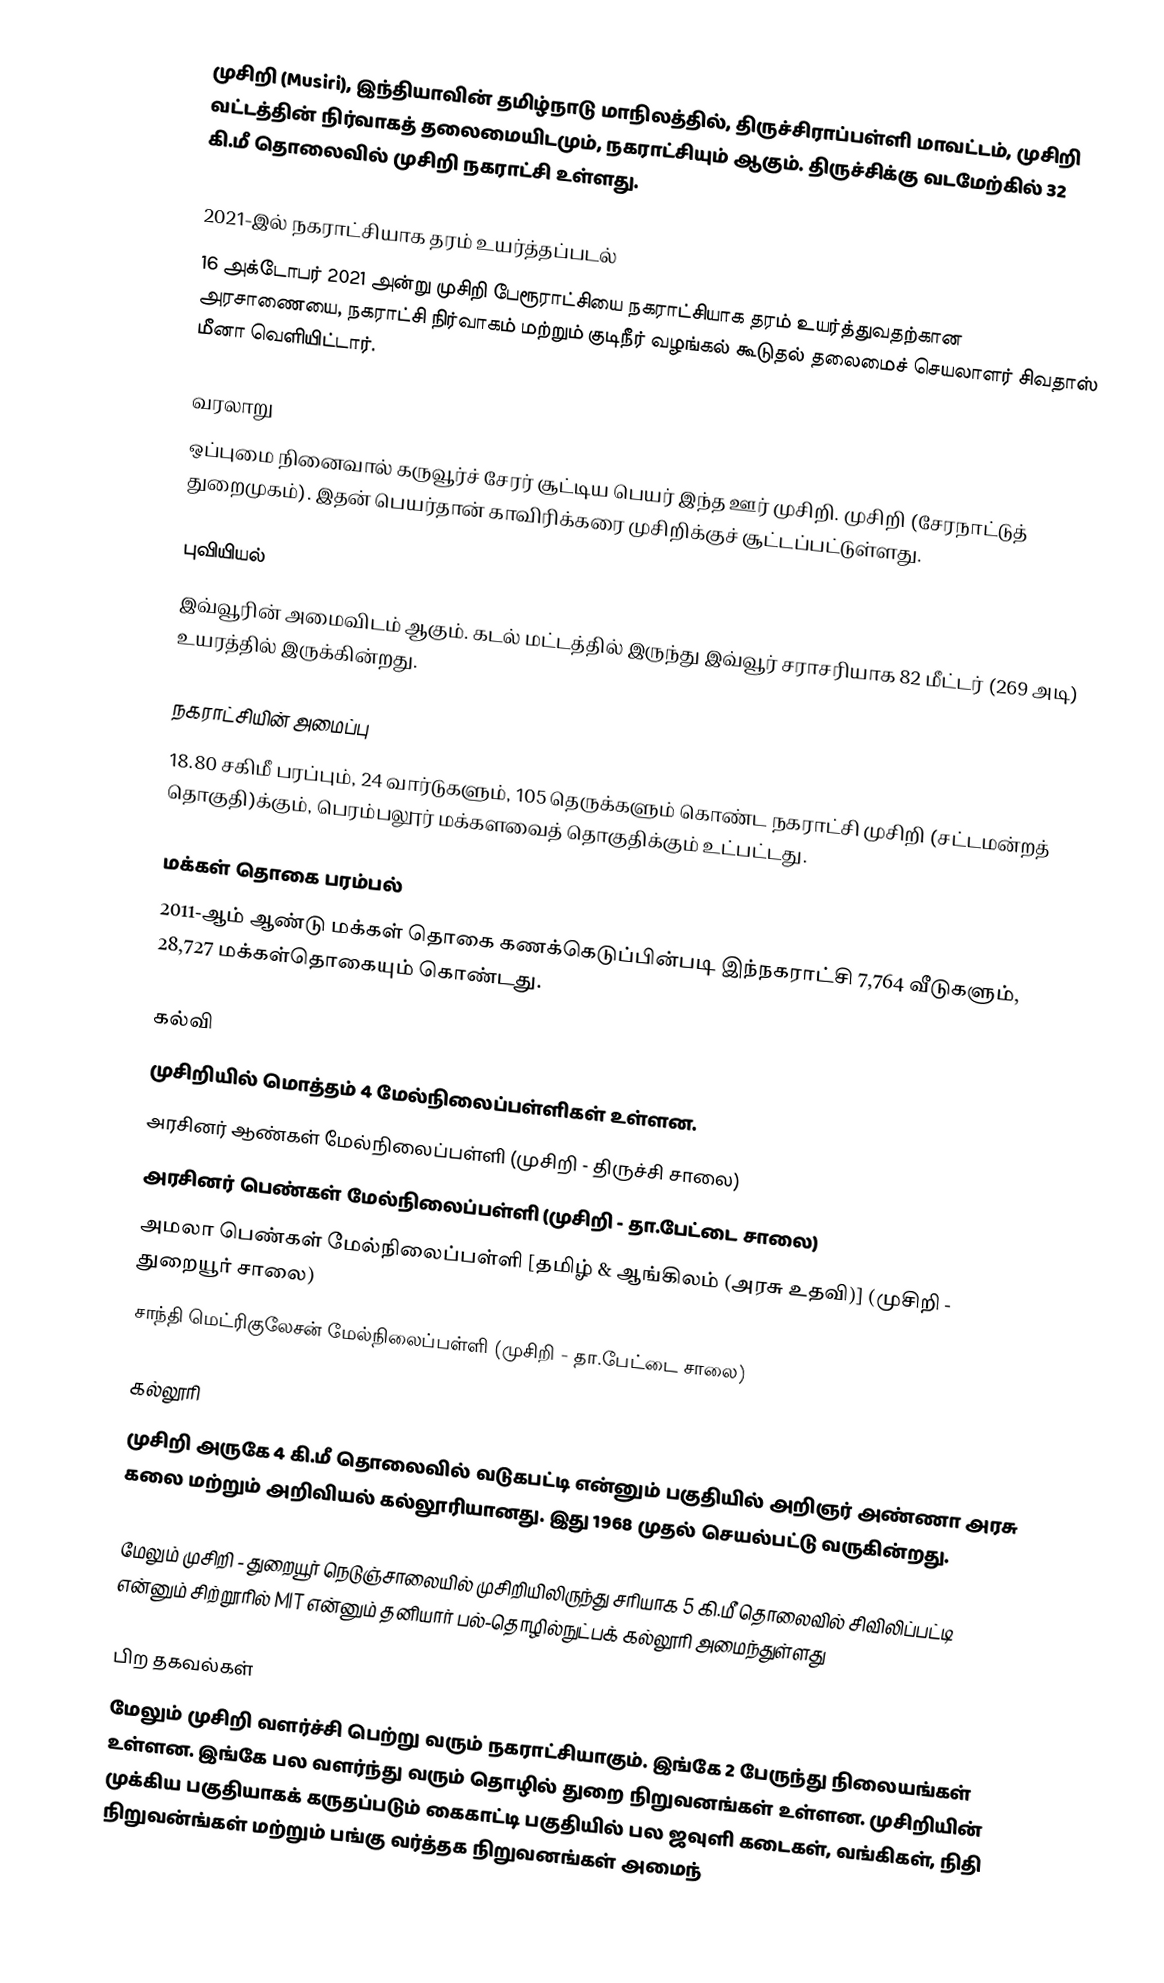
முசிறி (Musiri), இந்தியாவின் தமிழ்நாடு மாநிலத்தில்,  திருச்சிராப்பள்ளி மாவட்டம், முசிறி வட்டத்தின் நிர்வாகத் தலைமையிடமும், நகராட்சியும் ஆகும். திருச்சிக்கு வடமேற்கில் 32 கி.மீ தொலைவில் முசிறி நகராட்சி உள்ளது.

2021-இல் நகராட்சியாக தரம் உயர்த்தப்படல்
16 அக்டோபர் 2021 அன்று முசிறி பேரூராட்சியை  நகராட்சியாக தரம் உயர்த்துவதற்கான அரசாணையை, நகராட்சி நிர்வாகம் மற்றும் குடிநீர் வழங்கல் கூடுதல் தலைமைச் செயலாளர் சிவதாஸ் மீனா வெளியிட்டார்.

வரலாறு
ஒப்புமை நினைவால் கருவூர்ச் சேரர் சூட்டிய பெயர் இந்த ஊர் முசிறி. முசிறி (சேரநாட்டுத் துறைமுகம்). இதன் பெயர்தான் காவிரிக்கரை முசிறிக்குச் சூட்டப்பட்டுள்ளது.

புவியியல்
இவ்வூரின் அமைவிடம்  ஆகும். கடல் மட்டத்தில் இருந்து இவ்வூர் சராசரியாக 82 மீட்டர் (269 அடி) உயரத்தில் இருக்கின்றது.

நகராட்சியின் அமைப்பு
18.80 சகிமீ பரப்பும், 24 வார்டுகளும், 105  தெருக்களும் கொண்ட நகராட்சி  முசிறி  (சட்டமன்றத் தொகுதி)க்கும், பெரம்பலூர் மக்களவைத் தொகுதிக்கும் உட்பட்டது.

மக்கள் தொகை பரம்பல்
2011-ஆம் ஆண்டு மக்கள் தொகை கணக்கெடுப்பின்படி இந்நகராட்சி 7,764  வீடுகளும், 28,727 மக்கள்தொகையும் கொண்டது.

கல்வி
முசிறியில் மொத்தம் 4 மேல்நிலைப்பள்ளிகள் உள்ளன.
 அரசினர் ஆண்கள் மேல்நிலைப்பள்ளி  (முசிறி - திருச்சி சாலை)
 அரசினர் பெண்கள் மேல்நிலைப்பள்ளி  (முசிறி - தா.பேட்டை சாலை)
 அமலா பெண்கள் மேல்நிலைப்பள்ளி   [தமிழ் & ஆங்கிலம் (அரசு உதவி)] (முசிறி - துறையூர் சாலை)
 சாந்தி மெட்ரிகுலேசன் மேல்நிலைப்பள்ளி  (முசிறி - தா.பேட்டை சாலை)

கல்லூரி
முசிறி அருகே 4 கி.மீ தொலைவில் வடுகபட்டி என்னும் பகுதியில் அறிஞர் அண்ணா அரசு கலை மற்றும் அறிவியல் கல்லூரியானது. இது 1968 முதல் செயல்பட்டு வருகின்றது.

மேலும் முசிறி - துறையூர் நெடுஞ்சாலையில் முசிறியிலிருந்து சரியாக 5 கி.மீ தொலைவில் சிவிலிப்பட்டி என்னும் சிற்றூரில் MIT என்னும் தனியார் பல்-தொழில்நுட்பக் கல்லூரி அமைந்துள்ளது

பிற தகவல்கள்
மேலும் முசிறி வளர்ச்சி பெற்று வரும் நகராட்சியாகும். இங்கே 2 பேருந்து நிலையங்கள் உள்ளன. இங்கே பல வளர்ந்து வரும் தொழில் துறை நிறுவனங்கள் உள்ளன. முசிறியின் முக்கிய பகுதியாகக் கருதப்படும் கைகாட்டி பகுதியில் பல ஜவுளி கடைகள், வங்கிகள், நிதி நிறுவன்ங்கள் மற்றும் பங்கு வர்த்தக நிறுவனங்கள் அமைந்